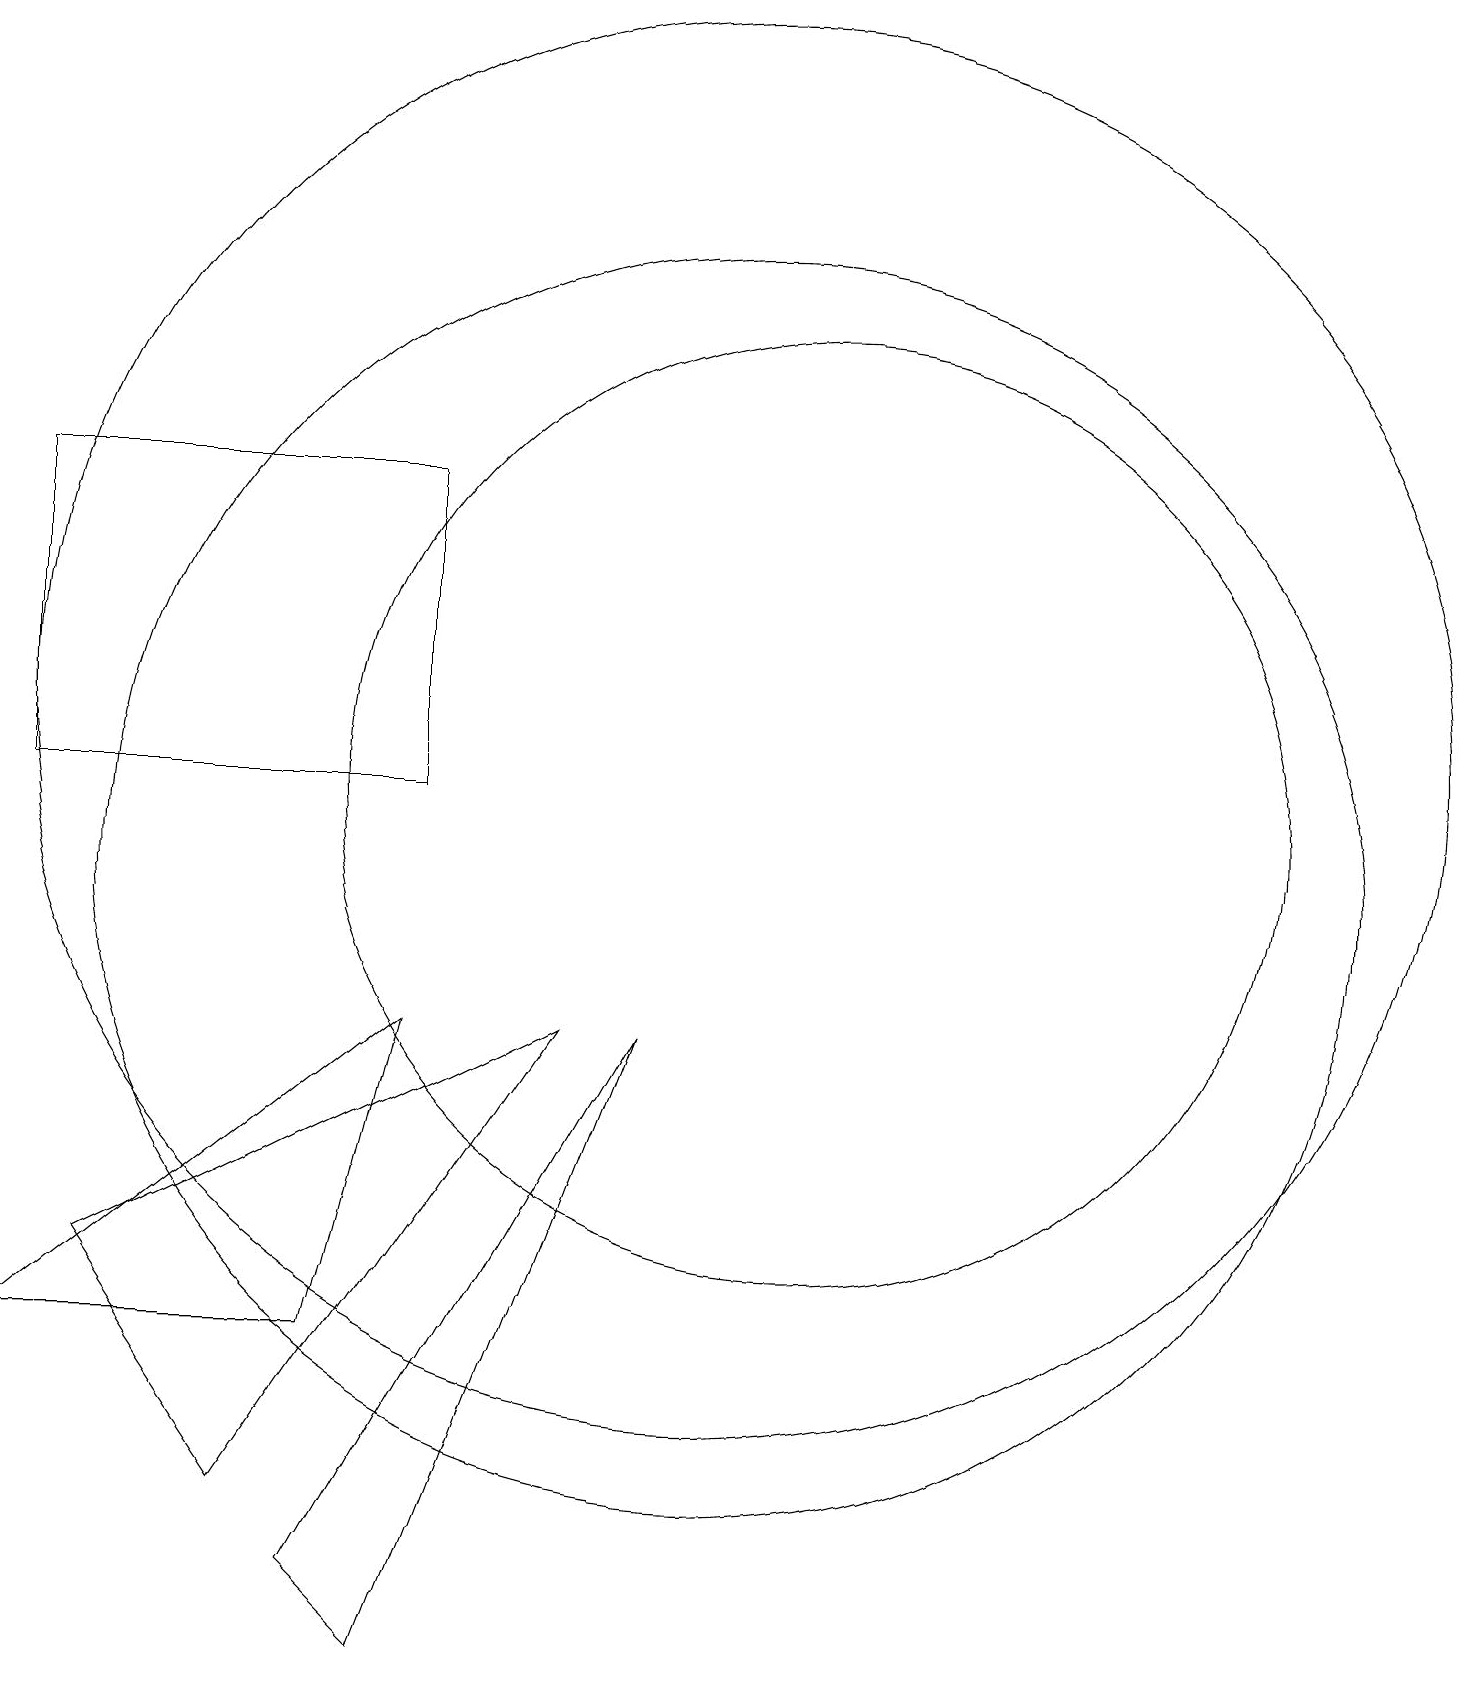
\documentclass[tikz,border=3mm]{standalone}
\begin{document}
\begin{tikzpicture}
\draw (6,11) rectangle (1,15);
\draw (10,12) circle (9);
\draw (1,4) -- (5,4) -- (6,8) -- cycle;
\draw (5,1) -- (9,8) -- (6,0) -- cycle;
\draw (11,11) circle (6);
\draw (2,5) -- (8,8) -- (4,2) -- cycle;
\draw (10,10) circle (8);
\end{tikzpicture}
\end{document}